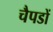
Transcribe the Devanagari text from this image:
चैपडों